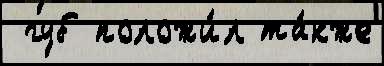
 губ положи́л та́кже